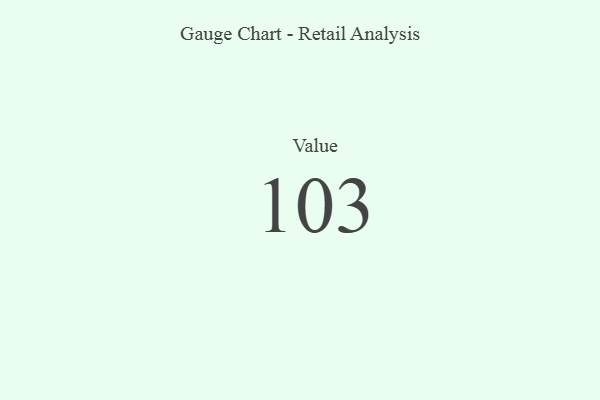
{"axis": {"x": "Metric", "y": "Value"}, "legend": [""], "data": [{"x": "Value", "y": 103, "type": ""}]}